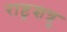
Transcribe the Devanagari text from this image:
राष्ट्रशत्रु